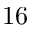
1 6